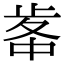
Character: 𣥷